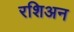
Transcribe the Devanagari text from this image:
रशिअन